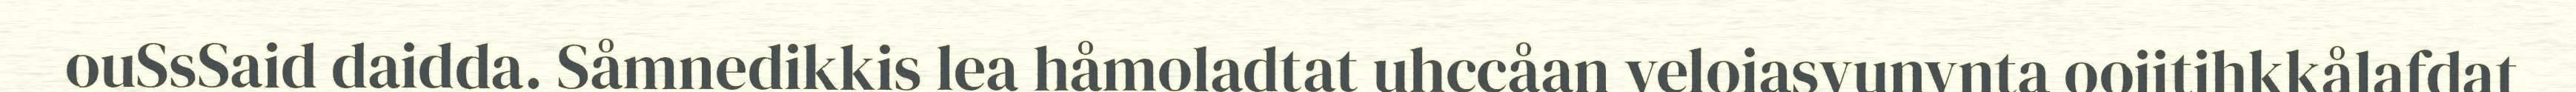
ouSsSaid daidda. Såmnedikkis lea håmoladtat uhccåan veloiasvunvnta ooiitihkkålafdat